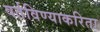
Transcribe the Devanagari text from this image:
वर्तविण्याकरिता